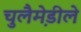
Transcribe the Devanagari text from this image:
चुलैमे़डीले